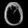
Digit: ၀